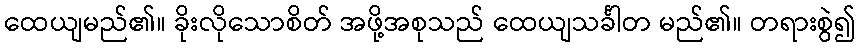
ထေယျမည်၏။ ခိုးလိုသောစိတ် အဖို့အစုသည် ထေယျသင်္ခါတ မည်၏။ တရားစွဲ၍